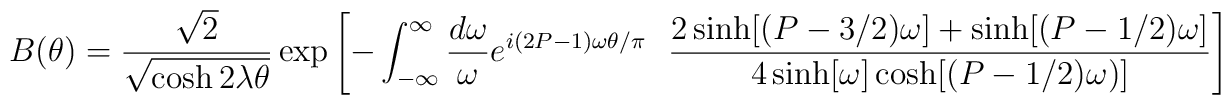
B(\theta)={\sqrt{2}\over \sqrt{\cosh    2\lambda\theta}}\exp\left[-\int_{-\infty}^\infty{d\omega\over \omega} e^{i(2P-1)\omega\theta/\pi} ~~{2\sinh [(P-3/2)\omega]+\sinh[(P-1/2)\omega]\over4\sinh[\omega]\cosh[(P-1/2)\omega)]}\right]